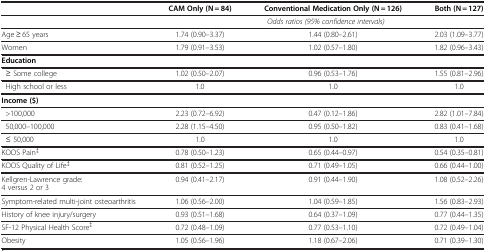
|  | CAM Only (N = 84) | Conventional Medication Only (N = 126) | Both (N = 127) |
 | --- | --- | --- | --- |
 |  | <COLSPAN=3> Odds ratios (95% confidence intervals) |
 | Age ≥ 65 years | 1.74 (0.90–3.37) | 1.44 (0.80–2.61) | 2.03 (1.09–3.77) |
 | Women | 1.79 (0.91–3.53) | 1.02 (0.57–1.80) | 1.82 (0.96–3.43) |
 | Education |  |  |  |
 | ≥ Some college | 1.02 (0.50–2.07) | 0.96 (0.53–1.76) | 1.55 (0.81–2.96) |
 | High school or less | 1.0 | 1.0 | 1.0 |
 | Income ($) |  |  |  |
 | >100,000 | 2.23 (0.72–6.92) | 0.47 (0.12–1.86) | 2.82 (1.01–7.84) |
 | 50,000–100,000 | 2.28 (1.15–4.50) | 0.95 (0.50–1.82) | 0.83 (0.41–1.68) |
 | ≤ 50,000 | 1.0 | 1.0 | 1.0 |
 | KOOS Pain‡ | 0.78 (0.50–1.23) | 0.65 (0.44–0.97) | 0.54 (0.35–0.81) |
 | KOOS Quality of Life‡ | 0.81 (0.52–1.25) | 0.71 (0.49–1.05) | 0.66 (0.44–1.00) |
 | Kellgren-Lawrence grade: | 0.94 (0.41–2.17) | 0.91 (0.44–1.90) | 1.08 (0.52–2.26) |
 | 4 versus 2 or 3 |  |  |  |
 | Symptom-related multi-joint osteoarthritis | 1.06 (0.56–2.00) | 1.04 (0.59–1.85) | 1.56 (0.83–2.93) |
 | History of knee injury/surgery | 0.93 (0.51–1.68) | 0.64 (0.37–1.09) | 0.77 (0.44–1.35) |
 | SF-12 Physical Health Score‡ | 0.72 (0.48–1.09) | 0.77 (0.53–1.10) | 0.72 (0.49–1.04) |
 | Obesity | 1.05 (0.56–1.96) | 1.18 (0.67–2.06) | 0.71 (0.39–1.30) |